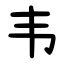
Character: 韦